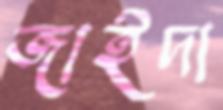
জাইদা